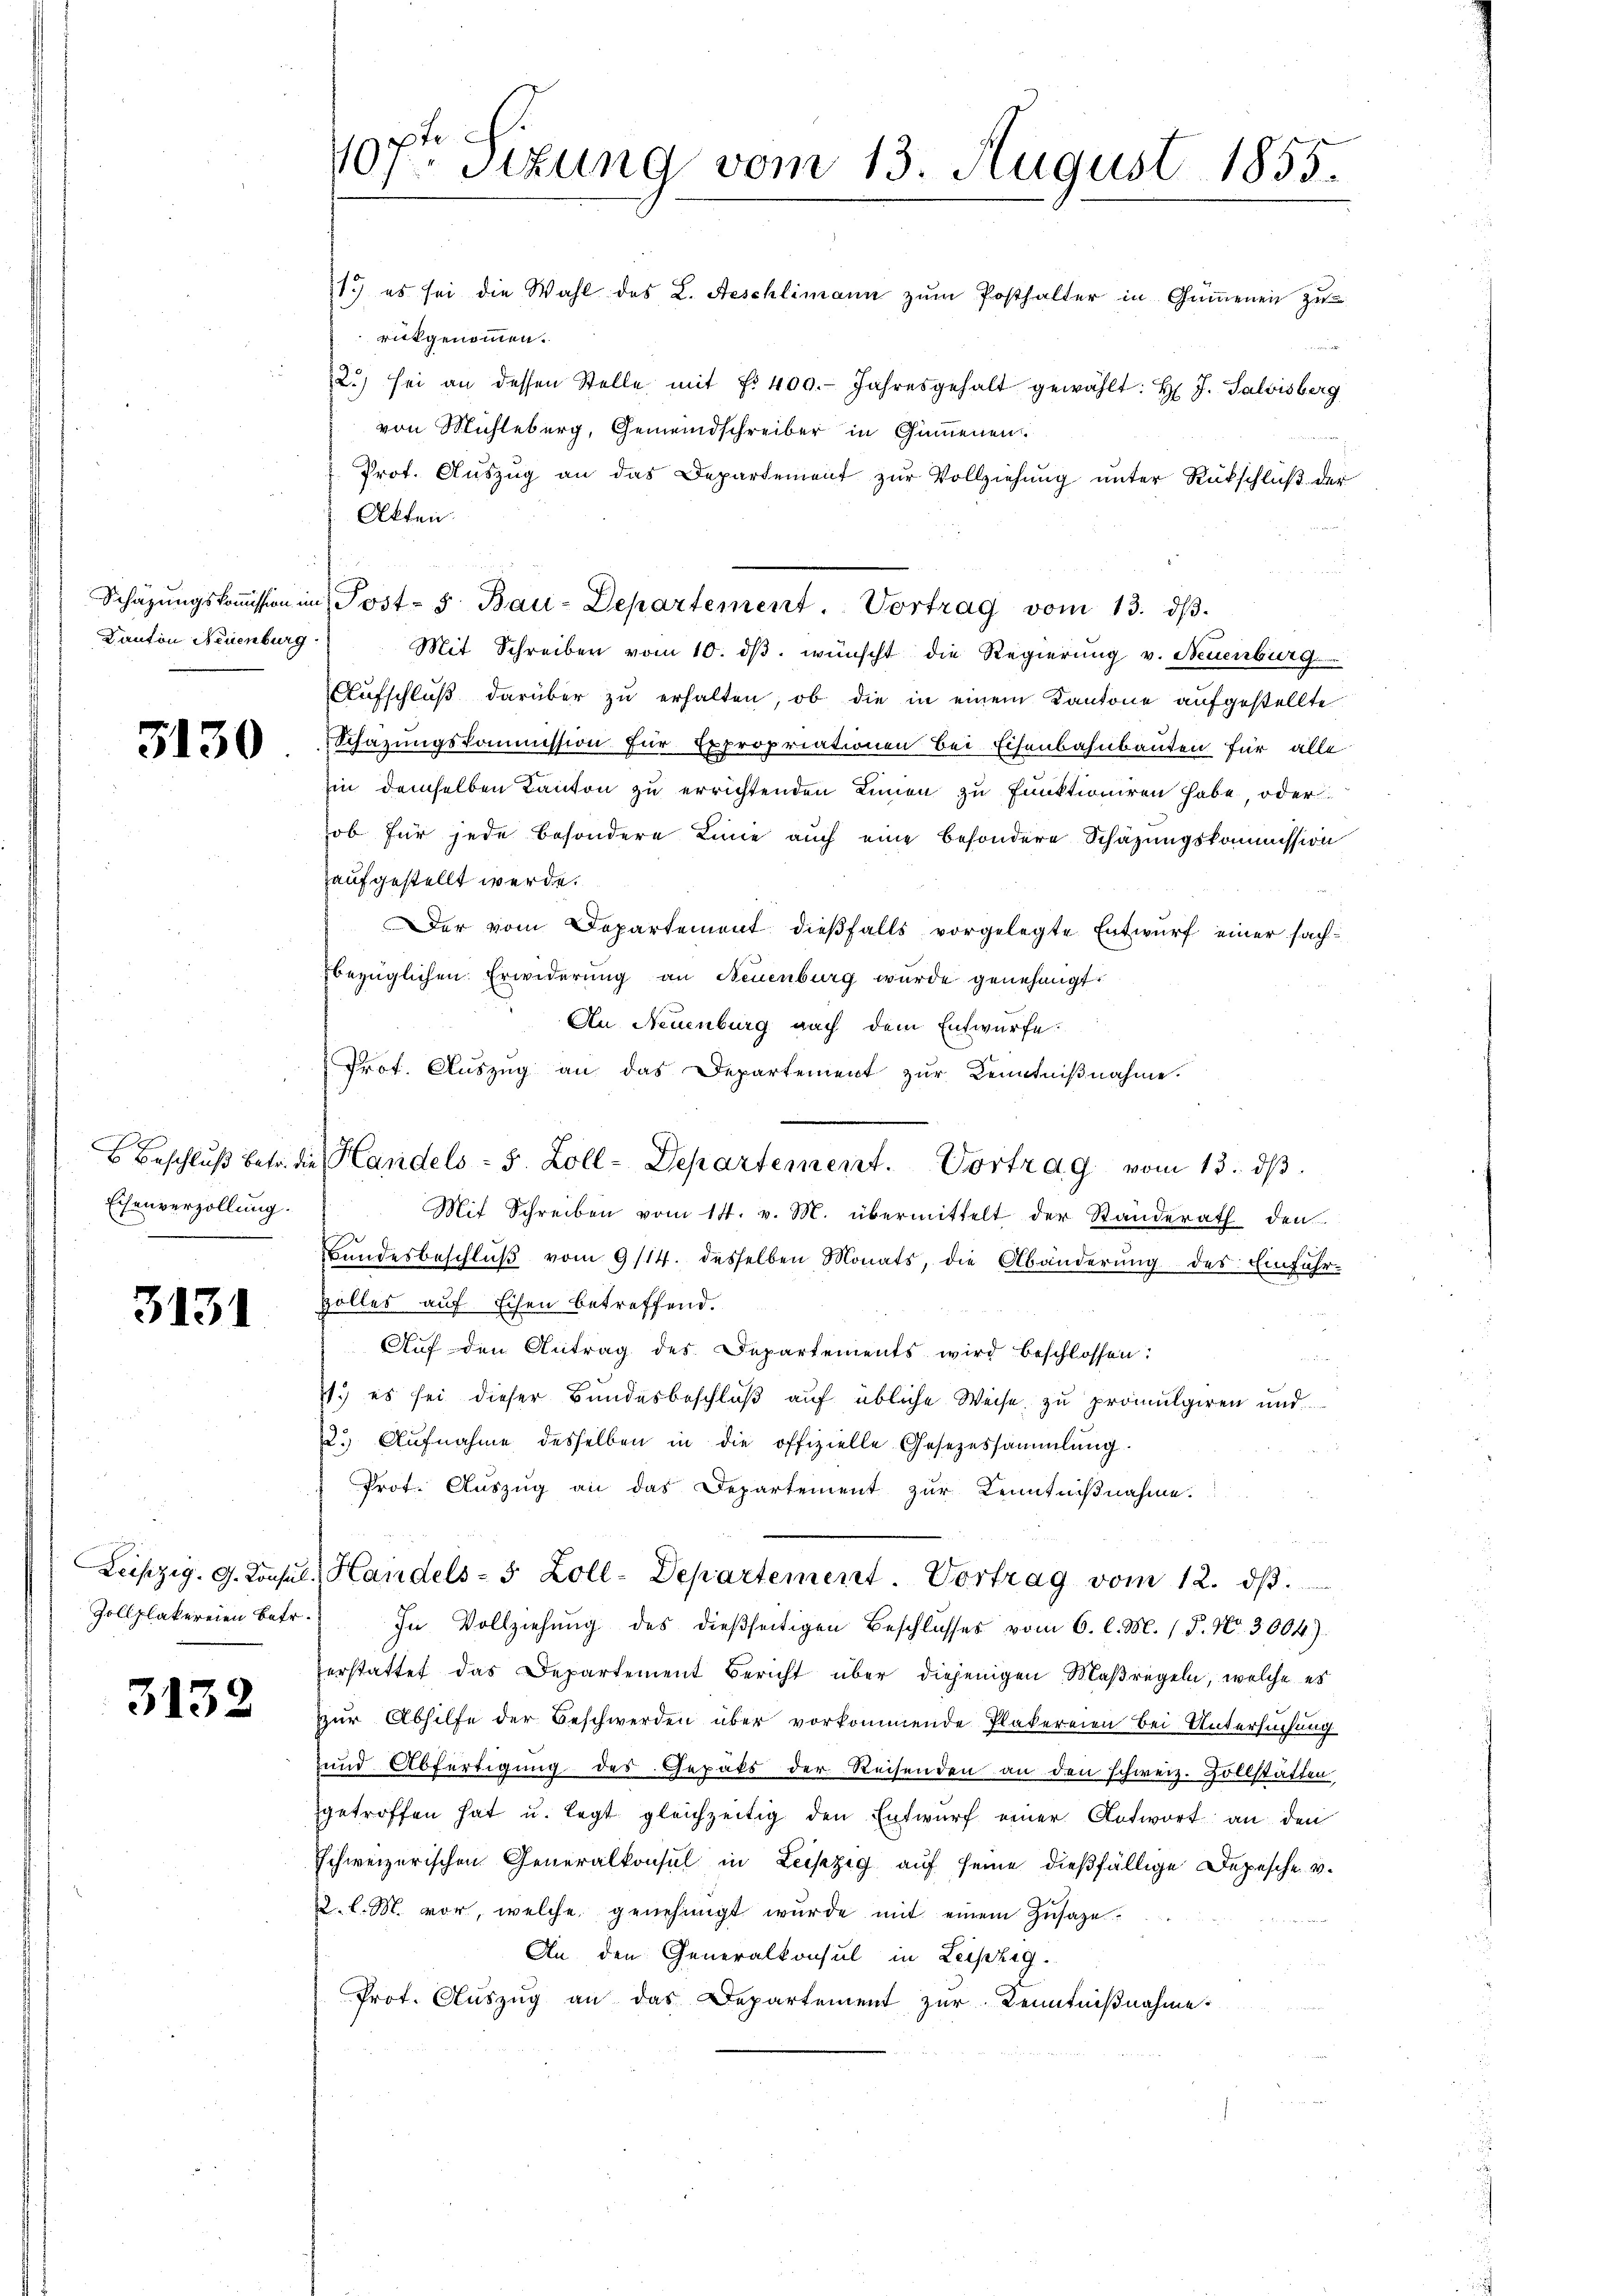
Kanton Neuenburg

3130

Eisenverzollung.

3131

3132

107t Sizung vom 13. August 1855.

11.) es sei die Wahl des L. Aeschlimann zum Posthalter in Gammenen zu
rückgenommen.
2) sei an dessen Stelle mit f. 400. Jahresgehalt gewählt: H. J. Salvisberg
von Mühleburg, Gemeindschreiber in Gummenen.
Prot. Auszug an das Departement zŭr Vollziehung unter Rückschluß der
Akten.
Schazungskoṁission im Post- 5. Bau-Departement. Vortrag vom 13. dβ.
Mit Schreiben vom 10. dβ. wünscht die Regierung v. Neuenburg
Aufschluß darüber zu erhalten, ob die in einem Kantone aufgestellte
Schazungskommission für Expropriationen bei Eisenbahnbauten für alle
hin demselben Kanton zu errichtenden Linien zu funktioniren habe, oder
ob für jede besondere Linie auch eine besondere Schazungskommission
aufgestellt werde.
Der vom Departement dießfalls vorgelegte Entwurf einer sachbezüglichen Erwiderung an Neuenburg wurde genehmigt.
An Neuenburg auch dem Entwürfe.
Prot. Auszug an das Departement zur Kenntnißnahme.
Mit Schreiben vom 14. v. M. übermittelt der Standerath den
Bandesbeschlŭβ vom 9/14. desselben Monats, die Abänderŭng des Einfuhr¬
Holles auf Eisen betreffend.
Aŭf den Antrag des Departements wird beschlossen:
11.) es sei dieser Bundesbeschluß auf übliche Weise zu promulgiren und
2. Aŭfnahme desselben in die offizielle Gesezessammlung.
Prot. Auszug an das Departement zur Kenntnißnahme.
Leipzig. G. Konsul Handels- 5 Zoll-Departement. Vortrag vom 12. dβ.
Zollplakereien betr. In Vollziehŭng des dießseitigen Beschlusses vom 6. l. M. P. Nr. 3004).
verstattet das Departement Bericht über diejenigen Maßregeln, welche es
zur Abhilfe der Beschwerden über vorkommende Plakereien bei Untersuchung
und Abfertigung des Gepäks der Reisenden an den schweiz. Zollstätten
getroffen hat u. legt gleichzeitig den Entwurf einer Antwort an den
schweizerischen Generalkonsul in Leipzig auf seine dießfällige Depesche v.
2. l. M. vor, welche genehmigt wurde mit einem Zusage-

An den Generalkonsul in Leipzig.
Prot. Auszug an das Departement zur Kenntnißnahme.

Beschluß betr. die Handels - 5. Zoll-Departement. Vortrag vom 13. ds.